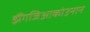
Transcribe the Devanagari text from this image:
झैंगजिआकोउनान